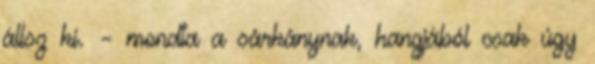
állsz ki. – mondta a sárkánynak, hangjából csak úgy